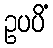
ဥပပိံ